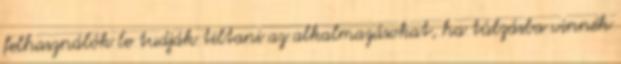
felhasználók le tudják tiltani az alkalmazásokat, ha túlzásba vinnék